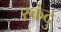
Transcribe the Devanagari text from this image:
स्कंदु